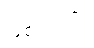
ဖြစ်တယ်။